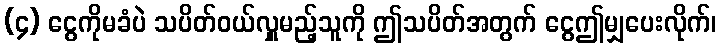
(၄) ငွေကိုမခံပဲ သပိတ်ဝယ်လှူမည့်သူကို ဤသပိတ်အတွက် ငွေဤမျှပေးလိုက်၊